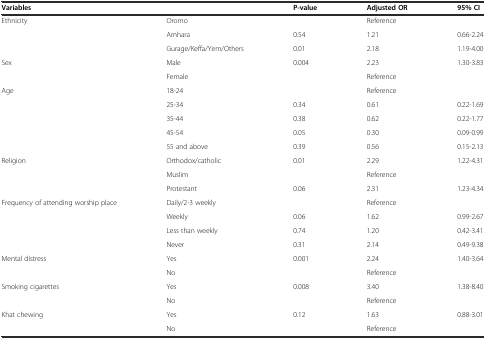
<table><thead><tr><td colspan="2"><b>Variables</b></td><td><b>P-value</b></td><td><b>Adjusted OR</b></td><td><b>95% CI</b></td></tr></thead><tbody><tr><td rowspan="3">Ethnicity</td><td>Oromo</td><td></td><td>Reference</td><td></td></tr><tr><td>Amhara</td><td>0.54</td><td>1.21</td><td>0.66-2.24</td></tr><tr><td>Gurage/Keffa/Yem/Others</td><td>0.01</td><td>2.18</td><td>1.19-4.00</td></tr><tr><td rowspan="2">Sex</td><td>Male</td><td>0.004</td><td>2.23</td><td>1.30-3.83</td></tr><tr><td>Female</td><td></td><td>Reference</td><td></td></tr><tr><td rowspan="5">Age</td><td>18-24</td><td></td><td>Reference</td><td></td></tr><tr><td>25-34</td><td>0.34</td><td>0.61</td><td>0.22-1.69</td></tr><tr><td>35-44</td><td>0.38</td><td>0.62</td><td>0.22-1.77</td></tr><tr><td>45-54</td><td>0.05</td><td>0.30</td><td>0.09-0.99</td></tr><tr><td>55 and above</td><td>0.39</td><td>0.56</td><td>0.15-2.13</td></tr><tr><td rowspan="3">Religion</td><td>Orthodox/catholic</td><td>0.01</td><td>2.29</td><td>1.22-4.31</td></tr><tr><td>Muslim</td><td></td><td>Reference</td><td></td></tr><tr><td>Protestant</td><td>0.06</td><td>2.31</td><td>1.23-4.34</td></tr><tr><td rowspan="4">Frequency of attending worship place</td><td>Daily/2-3 weekly</td><td></td><td>Reference</td><td></td></tr><tr><td>Weekly</td><td>0.06</td><td>1.62</td><td>0.99-2.67</td></tr><tr><td>Less than weekly</td><td>0.74</td><td>1.20</td><td>0.42-3.41</td></tr><tr><td>Never</td><td>0.31</td><td>2.14</td><td>0.49-9.38</td></tr><tr><td rowspan="2">Mental distress</td><td>Yes</td><td>0.001</td><td>2.24</td><td>1.40-3.64</td></tr><tr><td>No</td><td></td><td>Reference</td><td></td></tr><tr><td rowspan="2">Smoking cigarettes</td><td>Yes</td><td>0.008</td><td>3.40</td><td>1.38-8.40</td></tr><tr><td>No</td><td></td><td>Reference</td><td></td></tr><tr><td rowspan="2">Khat chewing</td><td>Yes</td><td>0.12</td><td>1.63</td><td>0.88-3.01</td></tr><tr><td>No</td><td></td><td>Reference</td><td></td></tr></tbody></table>